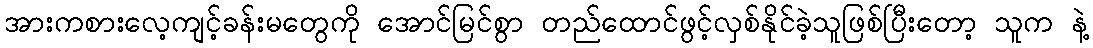
အားကစားလေ့ကျင့်ခန်းမတွေကို အောင်မြင်စွာ တည်ထောင်ဖွင့်လှစ်နိုင်ခဲ့သူဖြစ်ပြီးတော့ သူက နဲ့